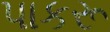
પાકરૂ